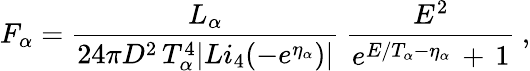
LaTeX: F_{\alpha}=\frac{L_{\alpha}}{24\pi D^{2}\, T_{\alpha}^{4}|Li_{4}(-e^{\eta_{\alpha}})|}\: \frac{E^{2}}{e^{E/T_{\alpha}-\eta_{\alpha}}\, +\, 1}\: ,